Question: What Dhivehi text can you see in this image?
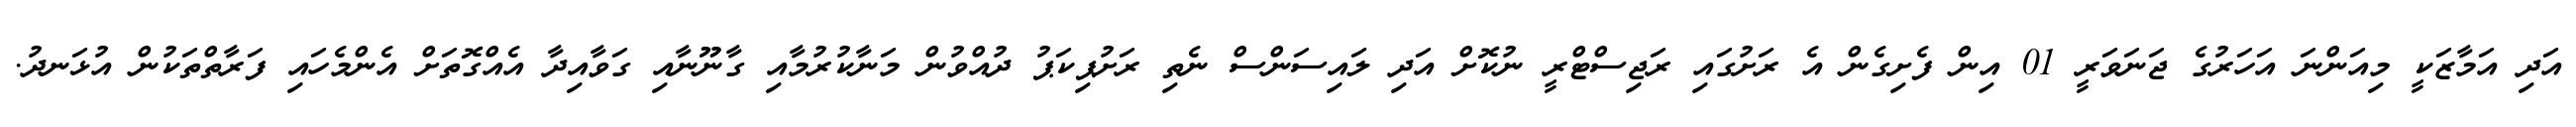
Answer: އަދި އަމާޒަކީ މިއަންނަ އަހަރުގެ ޖަނަވަރީ 01 އިން ފެށިގެން އެ ރަށުގައި ރަޖިސްޓްރީ ނުކޮށް އަދި ލައިސަންސް ނެތި ރަށުޕިކަޕު ދުއްވުން މަނާކުރުމާއި ގާނޫނާއި ގަވާއިދާ އެއްގޮތަށް އެންމެހައި ފަރާތްތަކުން އުޅަނދު.